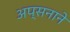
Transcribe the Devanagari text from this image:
अप्सनाने